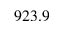
9 2 3 . 9